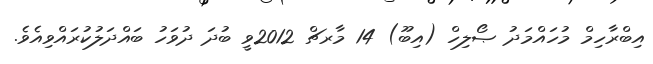
އިބްރާހިމް މުހައްމަދު ޞޯލިހް (އިބޫ) 14 މާރޗް 2012ވީ ބުދަ ދުވަހު ބައްދަލުކުރައްވިއެވެ.